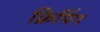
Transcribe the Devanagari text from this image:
क्रिपिंग